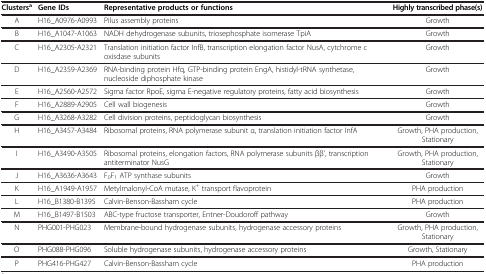
| Clustersa | Gene IDs | Representative products or functions | Highly transcribed phase(s) |
 | --- | --- | --- | --- |
 | A | H16_A0976-A0993 | Pilus assembly proteins | Growth |
 | B | H16_A1047-A1063 | NADH dehydrogenase subunits, triosephosphate isomerase TpiA | Growth |
 | C | H16_A2305-A2321 | Translation initiation factor InfB, transcription elongation factor NusA, cytchrome c oxisdase subunits | Growth |
 | D | H16_A2359-A2369 | RNA-binding protein Hfq, GTP-binding protein EngA, histidyl-tRNA synthetase, nucleoside diphosphate kinase | Growth |
 | E | H16_A2560-A2572 | Sigma factor RpoE, sigma E-negative regulatory proteins, fatty acid biosynthesis | Growth |
 | F | H16_A2889-A2905 | Cell wall biogenesis | Growth |
 | G | H16_A3268-A3282 | Cell division proteins, peptidoglycan biosynthesis | Growth |
 | H | H16_A3457-A3484 | Ribosomal proteins, RNA polymerase subunit α, translation initiation factor InfA | Growth, PHA production, Stationary |
 | I | H16_A3490-A3505 | Ribosomal proteins, elongation factors, RNA polymerase subunits ββ’, transcription antiterminator NusG | Growth, PHA production, Stationary |
 | J | H16_A3636-A3643 | F0F1 ATP synthase subunits | Growth |
 | K | H16_A1949-A1957 | Metylmalonyl-CoA mutase, K+ transport flavoprotein | PHA production |
 | L | H16_B1380-B1395 | Calvin-Benson-Bassham cycle | PHA production |
 | M | H16_B1497-B1503 | ABC-type fructose transporter, Entner-Doudoroff pathway | Growth |
 | N | PHG001-PHG023 | Membrane-bound hydrogenase subunits, hydrogenase accessory proteins | Growth, PHA production, Stationary |
 | O | PHG088-PHG096 | Soluble hydrogenase subunits, hydrogenase accessory proteins | Growth, Stationary |
 | P | PHG416-PHG427 | Calvin-Benson-Bassham cycle | PHA production |